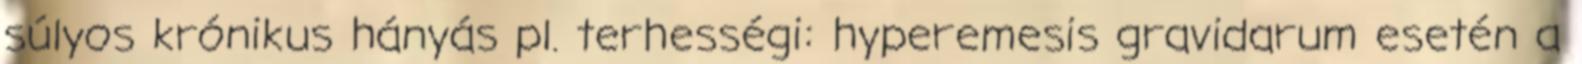
súlyos krónikus hányás pl. terhességi: hyperemesis gravidarum esetén a